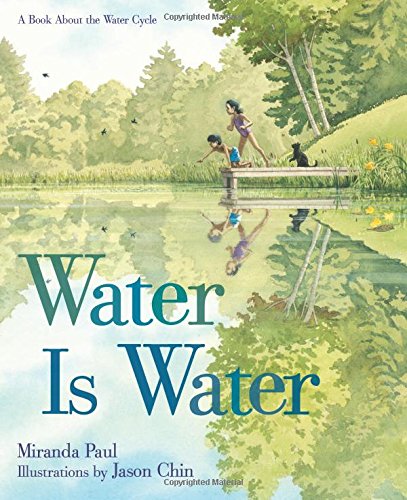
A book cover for Water Is Water: A Book About the Water Cycle; Miranda Paul; Children's Books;